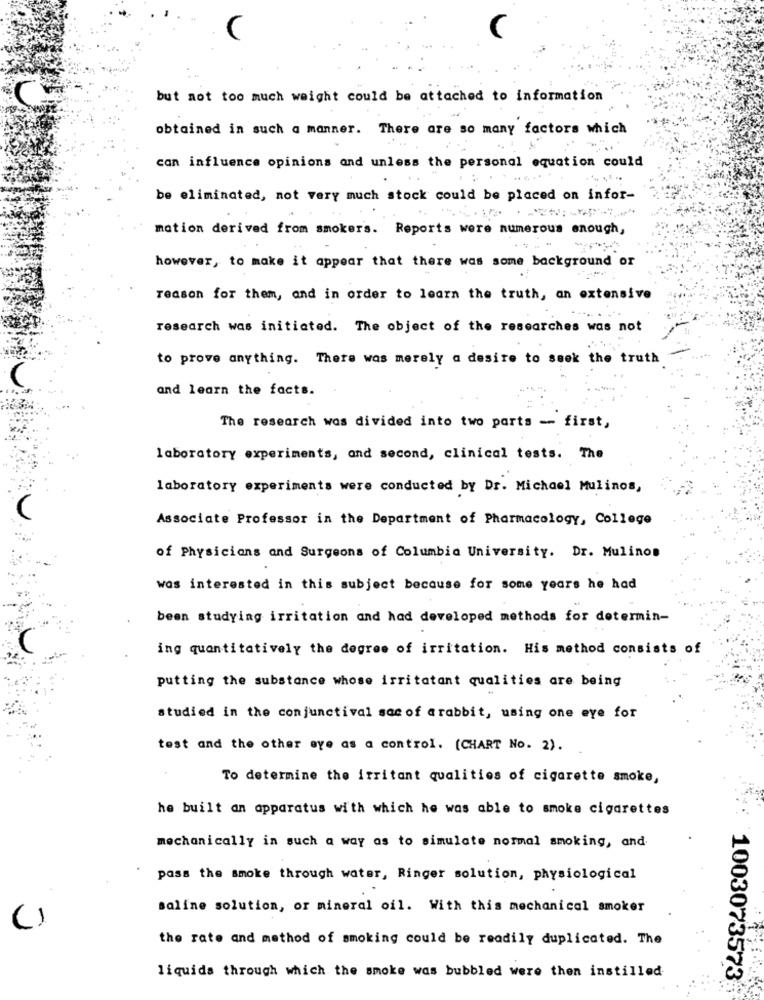
but not too much weight could be attached to information
obtained in such a manner. There are so many factors which
can influence opinions and unless the personal equation could
be eliminated, not very much stock could be placed on infor-
motion derived from smokers. Reports were numerous enough,
however, to make it appear that there was some background or
reason for them, and in order to learn the truth, an extensive
research was initiated. The object of the researches was not
to prove anything. There was merely a desire to seek the truth
and learn the facts.
The research was divided into two parts - first,
laboratory experiments, and second, clinical tests. The
laboratory experiments were conducted by Dr. Michael Mulinos,
Associate Professor in the Department of Pharmacology, College
of Physicians and Surgeons of Columbia University. Dr. Mulinon
was interested in this subject because for some years he had
been studying irritation and had developed methods for determin-
ing quantitatively the degree of irritation. His method consists of
putting the substance whose irritatant qualities are being
studied in the conjunctival sac of arabbit, using one eye for
test and the other eye as a control. (CHART No. 2).
To determine the irritant qualities of cigarette smoke,
he built an apparatus with which he was able to smoke cigarettes
mechanically in such a way as to simulate normal smoking, and
pass the smoke through water, Ringer solution, physiological
saline solution, or mineral oil. With this mechanical smoker
()
the rate and method of smoking could be readily duplicated. The
liquida through which the smoke was bubbled were then instilled
1003073573